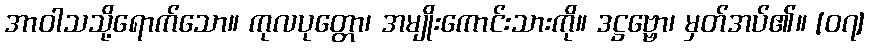
အာဝါသသို့ရောက်သော။ ကုလပုတ္တော၊ အမျိုးကောင်းသားကို။ ဒဋ္ဌဗ္ဗော၊ မှတ်အပ်၏။ [၀၇]